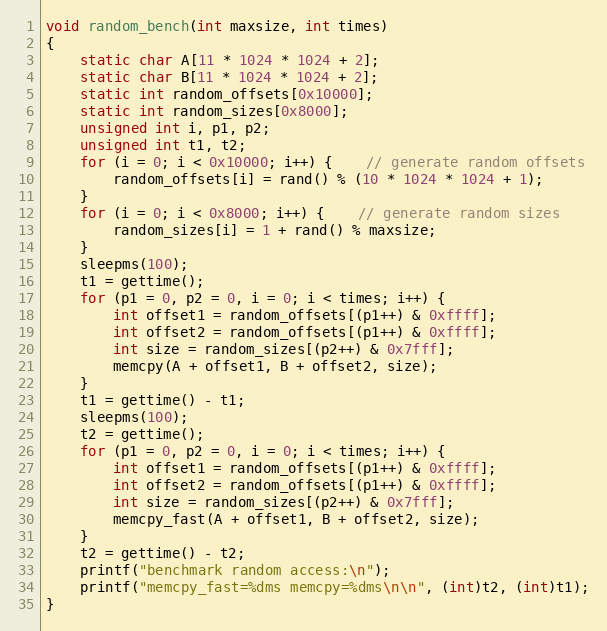
Language: C
void random_bench(int maxsize, int times)
{
	static char A[11 * 1024 * 1024 + 2];
	static char B[11 * 1024 * 1024 + 2];
	static int random_offsets[0x10000];
	static int random_sizes[0x8000];
	unsigned int i, p1, p2;
	unsigned int t1, t2;
	for (i = 0; i < 0x10000; i++) {	// generate random offsets
		random_offsets[i] = rand() % (10 * 1024 * 1024 + 1);
	}
	for (i = 0; i < 0x8000; i++) {	// generate random sizes
		random_sizes[i] = 1 + rand() % maxsize;
	}
	sleepms(100);
	t1 = gettime();
	for (p1 = 0, p2 = 0, i = 0; i < times; i++) {
		int offset1 = random_offsets[(p1++) & 0xffff];
		int offset2 = random_offsets[(p1++) & 0xffff];
		int size = random_sizes[(p2++) & 0x7fff];
		memcpy(A + offset1, B + offset2, size);
	}
	t1 = gettime() - t1;
	sleepms(100);
	t2 = gettime();
	for (p1 = 0, p2 = 0, i = 0; i < times; i++) {
		int offset1 = random_offsets[(p1++) & 0xffff];
		int offset2 = random_offsets[(p1++) & 0xffff];
		int size = random_sizes[(p2++) & 0x7fff];
		memcpy_fast(A + offset1, B + offset2, size);
	}
	t2 = gettime() - t2;
	printf("benchmark random access:\n");
	printf("memcpy_fast=%dms memcpy=%dms\n\n", (int)t2, (int)t1);
}